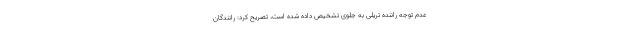
عدم توجه راننده تریلی به جلوی تشخیص داده شده است، تصریح کرد: رانندگان